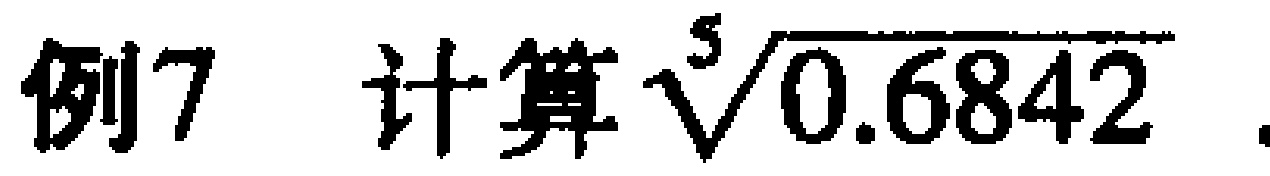
例7  计算\(\sqrt[5]{0.6842}\)